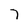
Character: 7